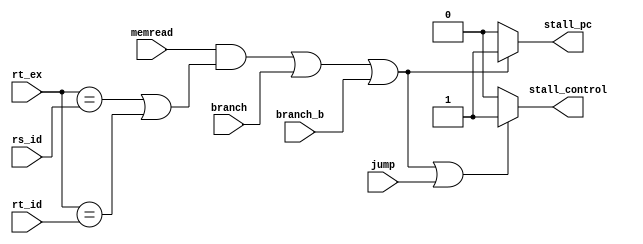
module Hazard (rt_ex,rs_id,rt_id,memread,branch,branch_b,jump,stall_pc,stall_control);

input [4:0] rt_ex,rs_id,rt_id; //rt in execution stage(of lw instruction) , rs and rt in ID stage(of instruction after lw) 
input memread,branch,branch_b,jump; // memread which indicates lw instruction
output reg stall_pc,stall_control; // 2 wires to stall pc or controls
	

always @(*)

begin


if ((memread==1 && (rt_ex==rs_id || rt_ex==rt_id)) || branch==1 || branch_b==1 || jump==1) /* checking lw then if rd of first instruction 
(in ex stage) equal to either rs or rt (in decode stage) or if there is branch or jump*/
stall_control <= 1; // stalling controls in case of jump , branch (2 stalls for branch) or lw with dependency 
       
else 
stall_control <= 0; 

if((memread==1 && (rt_ex==rs_id || rt_ex==rt_id)) || branch==1 || branch_b==1)
stall_pc <= 1; // stalling pc in case of branch (2 stalls for branch) or lw with dependency

else
stall_pc <=0; 

end	
					
endmodule


module Hazard_tb();

//inputs
reg [4:0] rt_ex,rs_id,rt_id;  
reg memread,branch,branch_b,jump;

// outputs
wire stall_pc,stall_control;

Hazard tb(rt_ex,rs_id,rt_id,memread,branch,branch_b,jump,stall_pc,stall_control);
 
initial
begin
// test values for input
memread=1'b1; branch=1'b0; branch_b=1'b0; jump=1'b0; rt_ex=5'h4; rs_id=5'h4; rt_id=5'h6;
end
endmodule